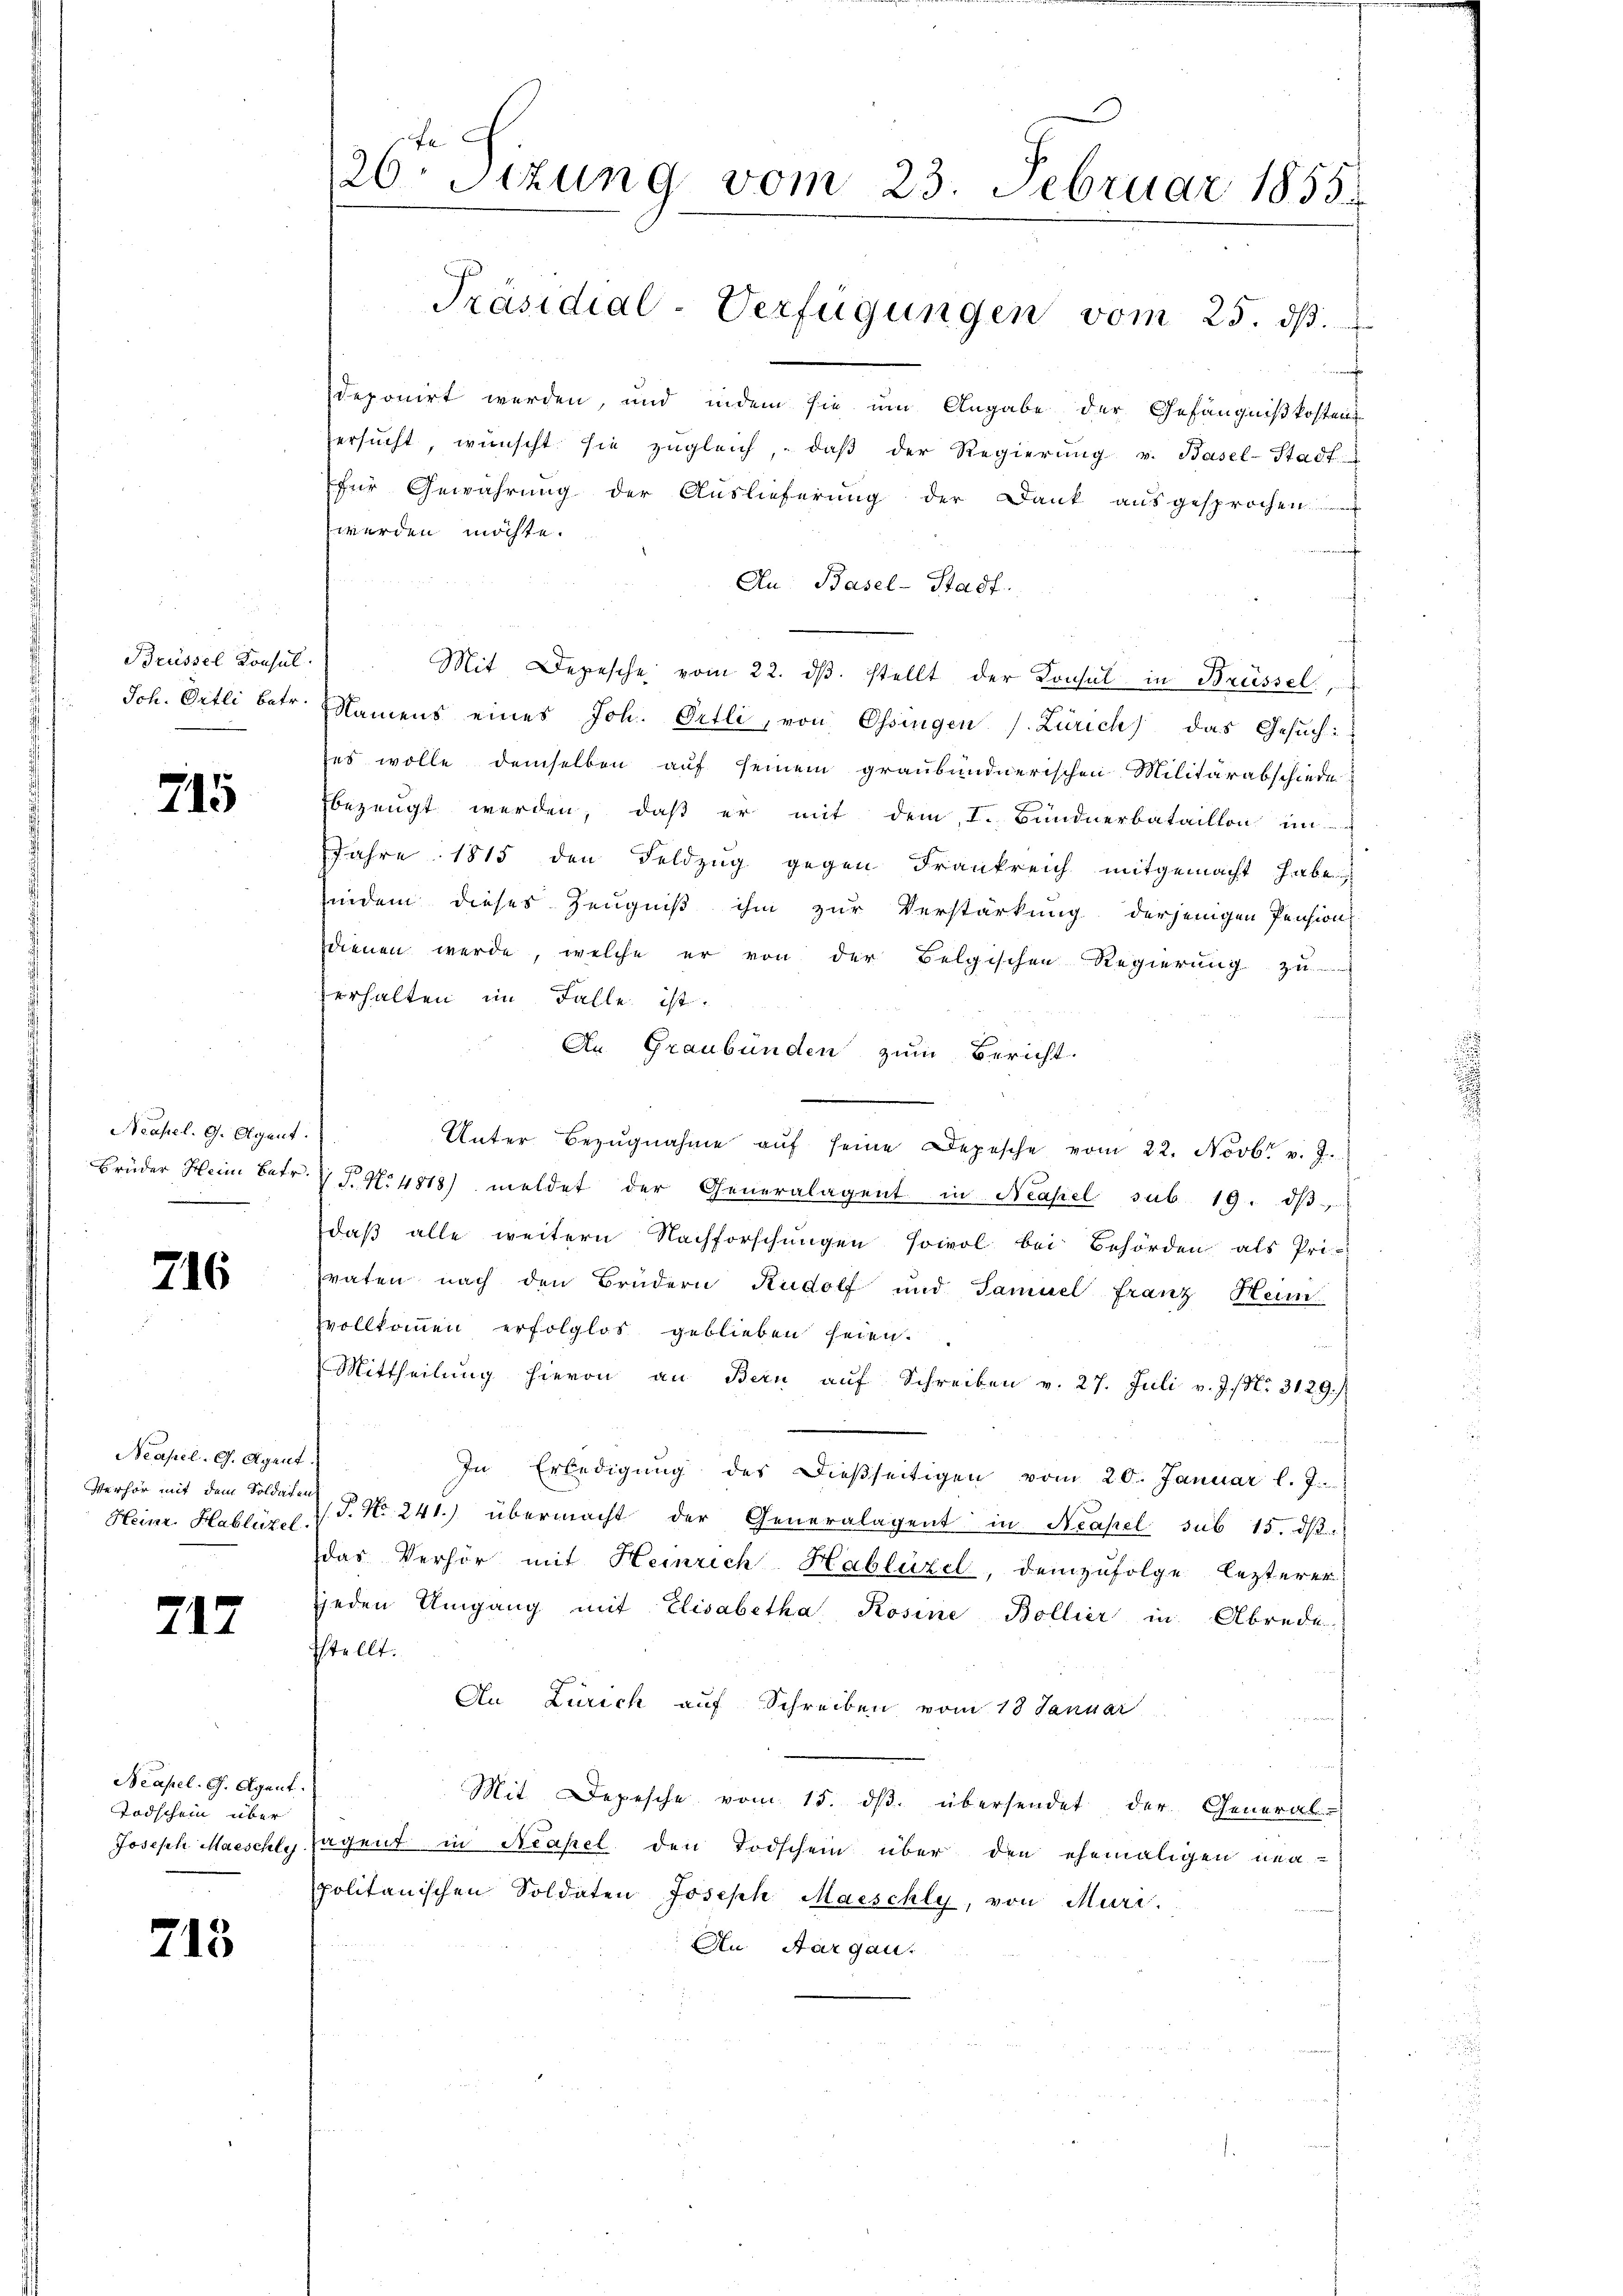
Brüssel Konsul
Jch. Ortli betr.

715

Neapel. G. Agent.
Brüder Heim Betr.

716

Neapel. G. Agent
Verhör mit dem Soldate
Heinr. Hablüzel

212

Neapel. G. Agent.
Todschein über
Joseph Maeschly

713

26ten Sizung vom 23. Februar 1855.

deponirt werden, und indem sie um Angabe der Gefängnißkostens
ersŭcht, wünscht sie zŭgleich, daβ der Regierŭng v. Basel-Stadt
für Gewährung der Auslieferung der Dank ausgesprochen
werden möchte.
Au Basel-Stadt.
Mit Depesche vom 22. dβ. stellt der Konsul in Brüssel
Namens eines Joh. Pitli, von Ossingen (Zürich) das Gesŭch:
ses wolle demselben auf seinem graubündnerischen Militärabschiede
bezeugt werden, daß er mit dem I. Bündnerbataillon im
Jahre 1815 den Feldzug gegen Frankreich mitgemacht habe
indem dieses Zeugniß ihm zur Verstärkung derjenigen Pension,
sdienen werde, welche er von der Belgischen Regierung zu
erhalten im Falle ist.
An Graubünden zum Bericht.
Unter Bezŭgnahme aŭf seine Depesche vom 22. Novbr. v. J.
V T. N. 4818) meldet der Generalagent in Neapel sub. 19. dβ,
daß alle weitern Nachforschungen sowol bei Behörden als Pri-
vaten nach den Brüdern Rudolf und Samuel franz Hein
vollkommen erfolglos geblieben seien.
e
Mittheilung hievon an Bern aŭf Schreiben v. 27. Juli v. J. N. 3129.)
In Erledigŭng des dießseitigen vom 20. Januar l. J.
P. Nr. 241.) übermacht der Generalagent in Neapel sub 15. dβ.
das Verhör mit Heinrich-Hablüzel, demzufolge lezterer
jeden Umgang mit Elisabetha Rosine Bollier in Abrede
sstellt.
An Zürich auf Schreiben vom 18 Januar
Mit Depesche vom 15. dβ. übersendet der General-
agent in Neapel den Todschein über den ehemaligen neu-
politanischen Soldaten Joseph Marschly, von Muri,
An Aargau.

Präsidial-Verfügungen vom 25. ds.